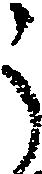
う